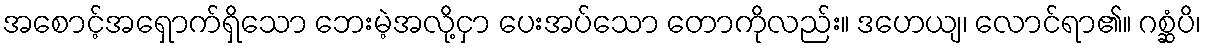
အစောင့်အရှောက်ရှိသော ဘေးမဲ့အလို့ငှာ ပေးအပ်သော တောကိုလည်း။ ဒဟေယျ၊ လောင်ရာ၏။ ဂစ္ဆံပိ၊